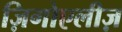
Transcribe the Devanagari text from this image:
ज़िगोएलीज़